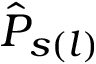
\hat { P } _ { s ( l ) }